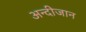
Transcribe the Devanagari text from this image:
अन्दीजान